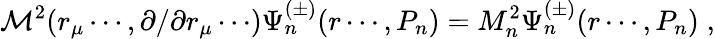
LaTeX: {\cal M}^{2}(r_{\mu}\cdots,\partial/\partial r_{\mu}\cdots)\Psi_{n}^{(\pm)}(r\cdots,P_{n})=M_{n}^{2}\Psi_{n}^{(\pm)}(r\cdots,P_{n})\; ,